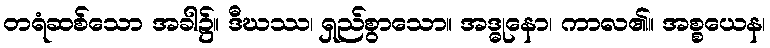
တရံဆစ်သော အခါ၌။ ဒီဃဿ၊ ရှည်စွာသော။ အဒ္ဓုနော၊ ကာလ၏။ အစ္စယေန၊